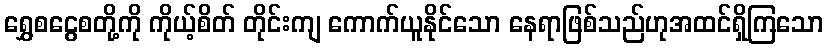
ရွှေစငွေစတို့ကို ကိုယ့်စိတ် တိုင်းကျ ကောက်ယူနိုင်သော နေရာဖြစ်သည်ဟုအထင်ရှိကြသော